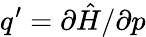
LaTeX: q^{\prime}=\partial\hat{H}/\partial p